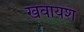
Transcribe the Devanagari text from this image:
खवायश